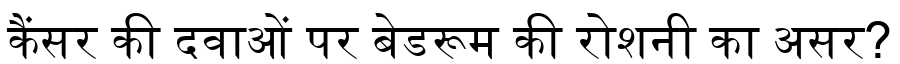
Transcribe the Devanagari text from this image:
कैंसर की दवाओं पर बेडरूम की रोशनी का असर?